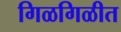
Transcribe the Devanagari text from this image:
गिळगिळीत